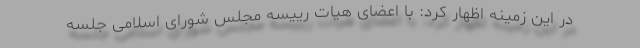
در این زمینه اظهار کرد: با اعضای هیات رییسه مجلس شورای اسلامی جلسه